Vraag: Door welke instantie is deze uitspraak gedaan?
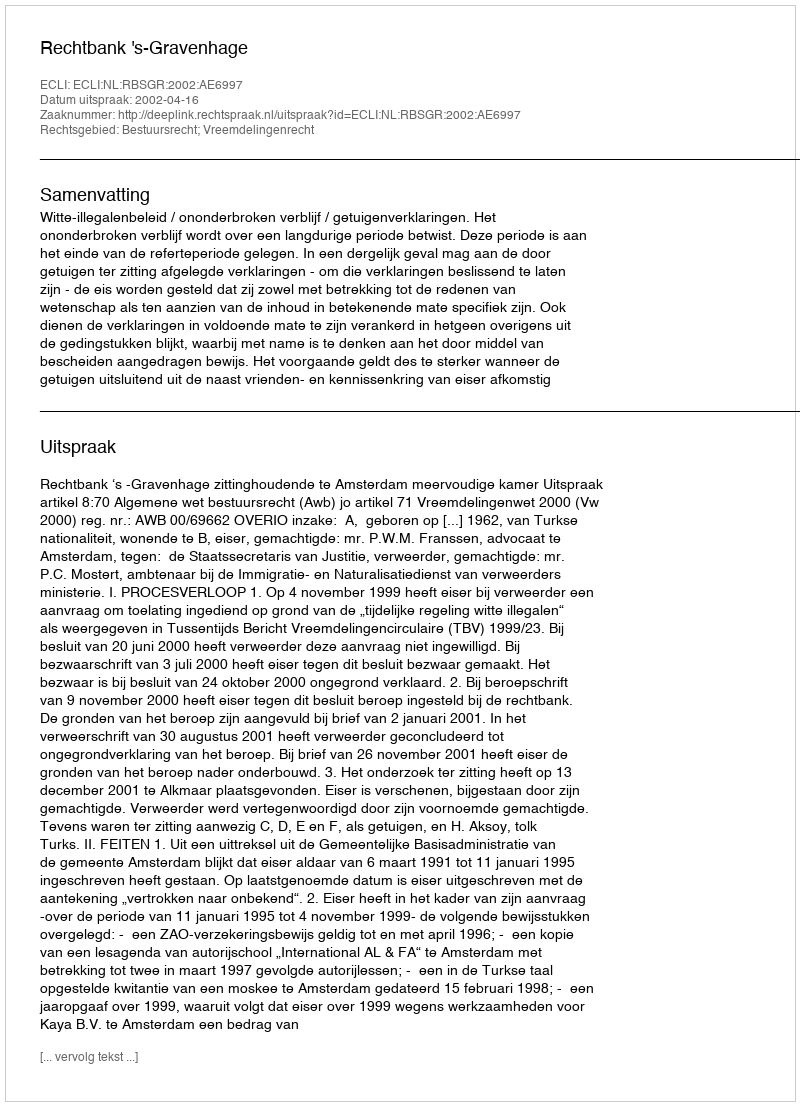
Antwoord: Rechtbank 's-Gravenhage